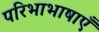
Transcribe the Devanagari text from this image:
परिभाभाषाएँ